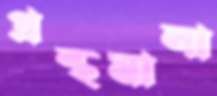
গ্রন্থমালা